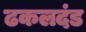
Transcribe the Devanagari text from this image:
ढकलदंड